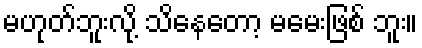
မဟုတ်ဘူးလို့ သိနေတော့ မမေးဖြစ် ဘူး။